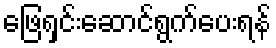
ဖြေရှင်းဆောင်ရွက်ပေးရန်